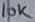
Text: 10K